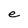
Character: e